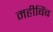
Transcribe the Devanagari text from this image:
महीबिंब